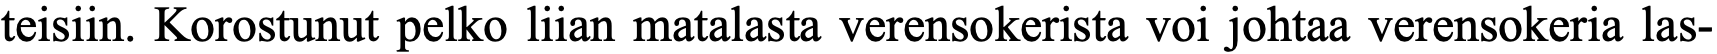
teisiin. Korostunut pelko liian matalasta verensokerista voi johtaa verensokeria las-